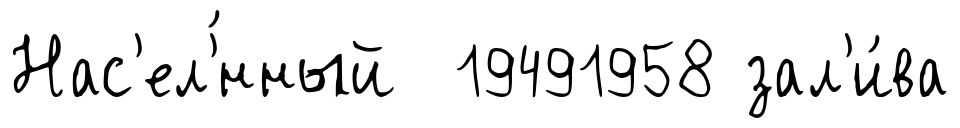
Нас'ел'́нный 19491958 зал'и́ва